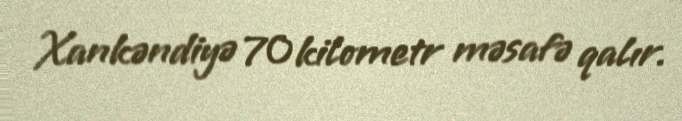
Xankəndiyə 70 kilometr məsafə qalır.